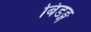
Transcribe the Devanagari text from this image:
बिडङ्ग